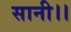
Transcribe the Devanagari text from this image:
सानी।।